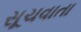
સૂચવાતા